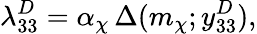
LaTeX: \lambda_{33}^{D}=\alpha_{\chi}\, \Delta(m_{\chi};y_{33}^{D}),